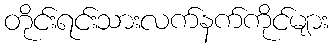
တိုင်းရင်းသားလက်နက်ကိုင်များ